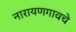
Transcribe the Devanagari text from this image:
नारायणगावचे